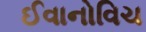
ઈવાનોવિચ